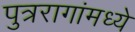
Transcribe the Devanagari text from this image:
पुत्ररागांमध्ये